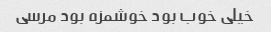
خیلی خوب بود خوشمزه بود مرسی